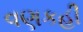
વણકહી